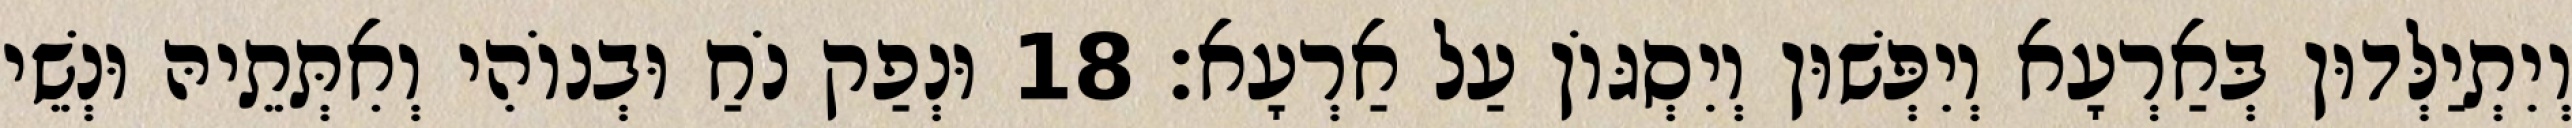
וְיִתְיַלְּדוּן בְּאַרְעָא וְיִפְּשׁוּן וְיִסְגּוֹן עַל אַרְעָא׃ 18 וּנְפַק נֹחַ וּבְנוֹהִי וְאִתְּתֵיהּ וּנְשֵׁי